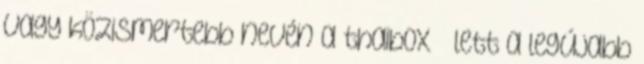
vagy közismertebb nevén a thaibox – lett a legújabb